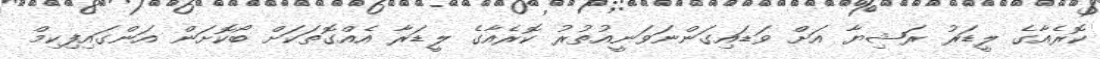
ކޮރެއާގެ ލީޑަރު ރަޝިޔާ އަށް ވަޑައިގަންނަވަނީއުތުރު ކޮރެއާގެ ލީޑަރާ އެއްގޮތަކަށް ބޯކޮށަން އަންގައިފިކިމް